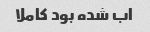
اب شده بود کاملا